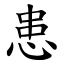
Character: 患